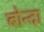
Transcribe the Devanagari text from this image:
बोन्‍दा